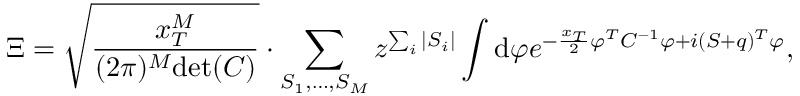
\Xi = \sqrt { \frac { x _ { T } ^ { M } } { ( 2 \pi ) ^ { M } \mathrm { d e t } ( C ) } } \cdot \sum _ { S _ { 1 } , \dots , S _ { M } } z ^ { \sum _ { i } | S _ { i } | } \int \mathrm { d } \varphi e ^ { - \frac { x _ { T } } { 2 } \varphi ^ { T } C ^ { - 1 } \varphi + i ( S + q ) ^ { T } \varphi } ,